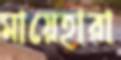
মায়েহারা